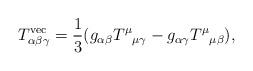
LaTeX: \begin{align*}T^\mathrm{vec}_{\alpha\beta\gamma}=\frac13(g_{\alpha\beta}T^\mu{}_{\mu\gamma}-g_{\alpha\gamma}T^\mu{}_{\mu\beta}),\end{align*}